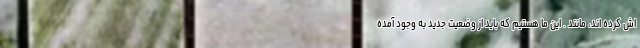
اش کرده اند، مانند . این ما هستیم که باید از وضعیت جدید به وجود آمده